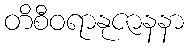
တိစီဝရာနုဇာနနာ